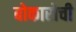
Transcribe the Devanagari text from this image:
बोकारोची